Newspaper: Macon beacon. [volume]
Place of publication: Macon, Miss.
Publisher: Henry C. Ferris
Date: 1875-10-23 00:00:00
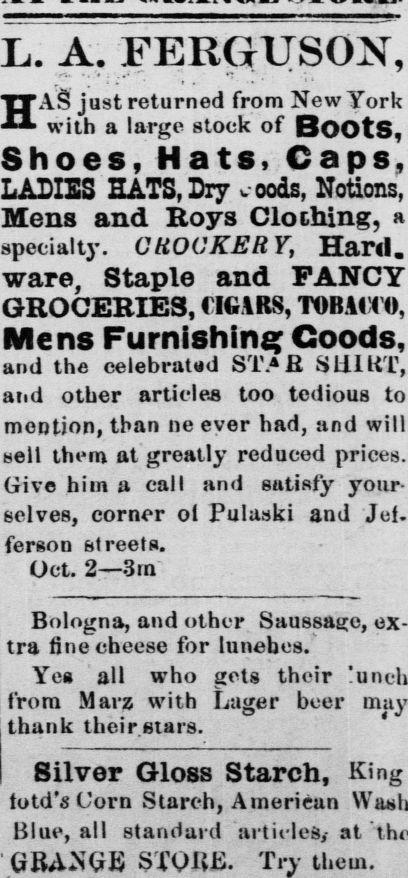
Advertisement text (OCR):
A. FERGUSON, just returned from New York with a large stock of BOOtS, Shoes, Hats, Caps, LADIES HATS, Dry woods, Notions, Mens and Roys Clothing, a specialty. G ROCKERY, Hard, ware, Staple and FANCY GROCERIES, CIGARS, TOBACCO, Mens Furnishing Goods, and the celebrated STB StllUT, and other articles too tedious to mention, than ne ever had, and will sell them at greatly reduced prices. Give him a call and satisfy your selves, corner ol Pulaski and Jef. ferson streets. Oct. 2 3m Bologna, and other. Saussage, ex tra fine cheese for lunebes. Yes all who gets their from Marz with Lager beer thank their stars. ' Silver Gloss Starch, King totd'5 Corn Starch, American Blue, all standard articles at STORE. Trv them.
Label: text-only